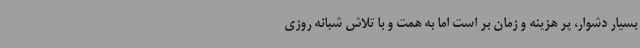
بسیار دشوار، پر هزینه و زمان بر است اما به همت و با تلاش شبانه روزی